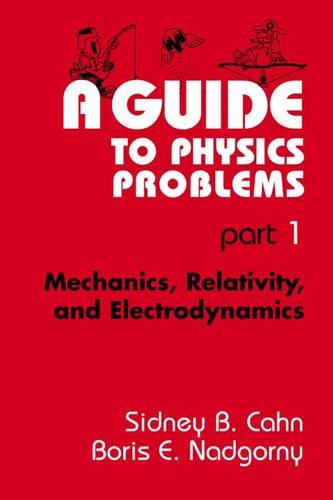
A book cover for A Guide to Physics Problems, Part 1: Mechanics, Relativity, and Electrodynamics  (The Language of Science); Sidney B. Cahn; Science & Math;